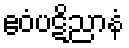
ဧဝံပဋိညာနံ